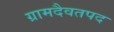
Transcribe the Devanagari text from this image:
ग्रामदैवतपद